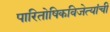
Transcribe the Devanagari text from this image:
पारितोषिकविजेत्यांची